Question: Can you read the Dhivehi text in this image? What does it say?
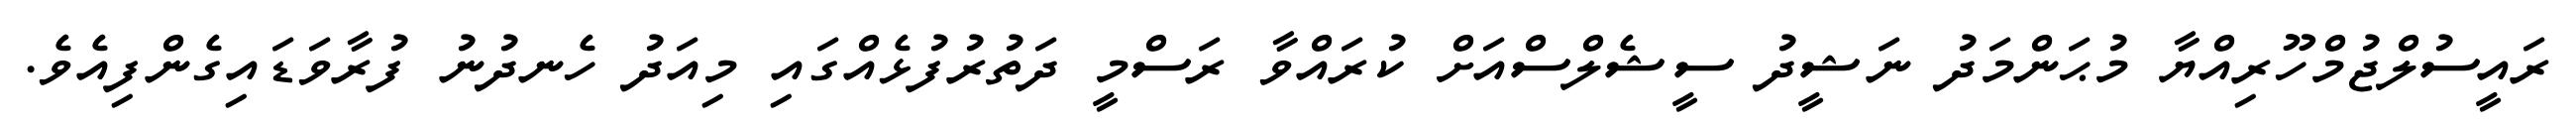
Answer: ރައީސުލްޖުމްހޫރިއްޔާ މުޙަންމަދު ނަޝީދު ސީޝެލްސްއަށް ކުރައްވާ ރަސްމީ ދަތުރުފުޅެއްގައި މިއަދު ހެނދުނު ފުރާވަޑައިގެންފިއެވެ.